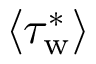
\langle \tau _ { \mathrm { w } } ^ { * } \rangle